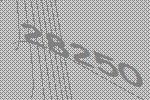
28250